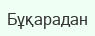
Бұқарадан